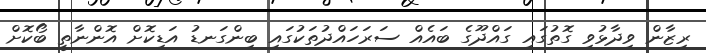
ރިޒާން ވިދާޅުވި ގޮތުގައި ގައްދޫގެ ބައެއް ސަރަހައްދުތަކުގައި ބިންގަނޑު އަޑިކޮށް އޮންނާތީ ބޯކޮށް